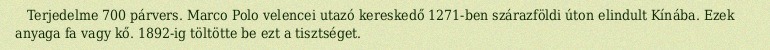
Terjedelme 700 párvers. Marco Polo velencei utazó kereskedő 1271-ben szárazföldi úton elindult Kínába. Ezek anyaga fa vagy kő. 1892-ig töltötte be ezt a tisztséget.